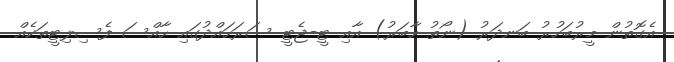
އެގޮތުން މީރުބަހުރު ބަނދަރު (ނޯތު ހާބަރު) އާއި ޓީ-ޖެޓީ ސަރަހައްދުގައި ހާއްސަ ފެސިލިޓީތަކެއް